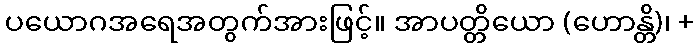
ပယောဂအရေအတွက်အားဖြင့်။ အာပတ္တိယော (ဟောန္တိ)၊ +